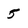
Character: 5